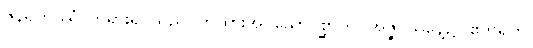
ဇိနရဟဿံ၊ ဘုရားရှင်သည်ဝှက်ထားအပ်သောပုစ္ဆာကို။ အဇ္ဇ၊ ယနေ့၌။ ဧတရဟိ၊